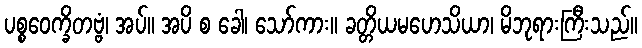
ပစ္စဝေက္ခိတဗ္ဗံ၊ အပ်။ အပိ စ ခေါ၊ သော်ကား။ ခတ္တိယမဟေသိယာ၊ မိဘုရားကြီးသည်။